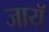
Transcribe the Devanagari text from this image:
जायॅ